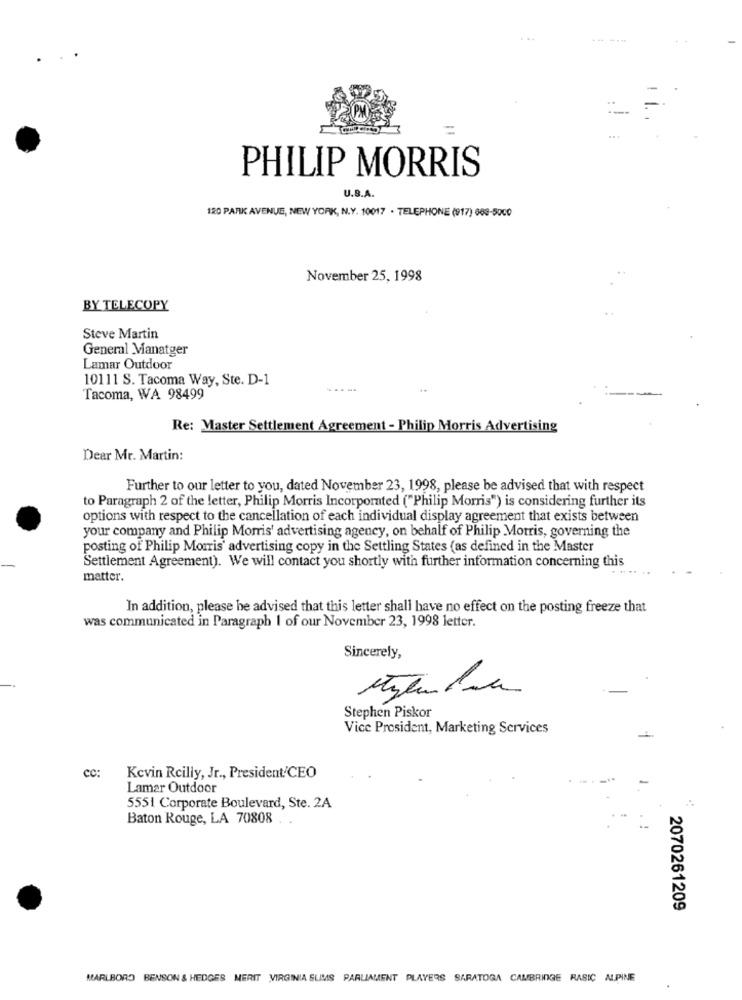
PM
PHILIP MORRIS
U.S.A.
120 PARK AVENUE, NEW YORK, N.Y. 10017 . TELEPHONE (917) 663-5000
November 25, 1998
BY TELECOPY
Steve Martin
General Manatger
Lamar Outdoor
10111 S. Tacoma Way, Ste. D-1
Tacoma, WA 98499
Re: Master Settlement Agreement - Philip Morris Advertising
Dear Mr. Martin:
Further to our letter to you, dated November 23, 1998, please be advised that with respect
to Paragraph 2 of the letter, Philip Morris Incorporated ("Philip Morris") is considering further its
options with respect to the cancellation of each individual display agreement that exists between
your company and Philip Morris' advertising agency, on behalf of Philip Morris, governing the
posting of Philip Morris' advertising copy in the Settling States (as defined in the Master
Settlement Agreement). We will contact you shortly with further information concerning this
matter.
In addition, please be advised that this letter shall have no effect on the posting freeze that
was communicated in Paragraph I of our November 23, 1998 letter.
Sincerely,
Stephen Piskor
Vice President, Marketing Services
cc:
Kevin Reilly, Jr ., President/CEO
Lamar Outdoor
5551 Corporate Boulevard, Ste. 2A
Baton Rouge, LA 70808
2070261209
MARLBORO BENSON & HEDGES MERIT VIRGINIA SLIMS PARLIAMENT PLAYERS SARATOGA CAMBRIDGE RASIC ALPINE